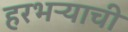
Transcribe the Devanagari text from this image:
हरभऱ्याची